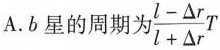
A.b星的周期为 $$\frac { l - △r} {l+ △r }T$$